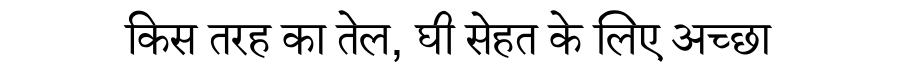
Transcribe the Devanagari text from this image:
किस तरह का तेल, घी सेहत के लिए अच्छा